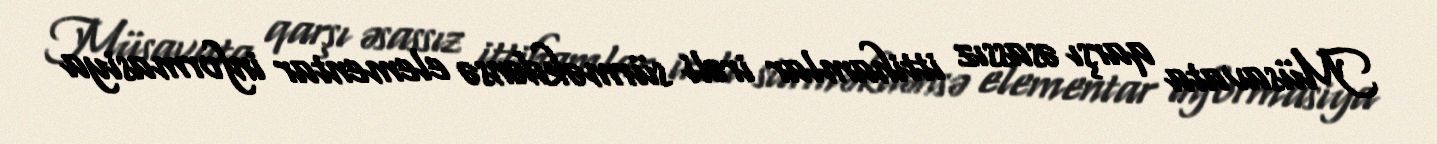
Müsavata qarşı əsassız ittihamlar irəli sürməkdənsə elementar informasiya